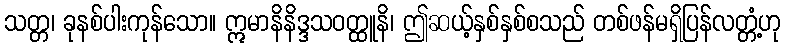
သတ္တ၊ ခုနစ်ပါးကုန်သော။ ဣမာနိနိဒ္ဒသဝတ္ထူနိ၊ ဤဆယ့်နှစ်နှစ်စသည် တစ်ဖန်မရှိပြန်လတ္တံ့ဟု